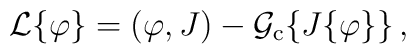
{\cal{L}} \{ \varphi \} = ( \varphi , J) - {\cal{G}}_{\rm c} \{ J \{ \varphi  \} \} \, ,